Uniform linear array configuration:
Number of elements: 32
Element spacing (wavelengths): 1
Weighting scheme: hamming
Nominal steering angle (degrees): -60
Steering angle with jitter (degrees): -61.792
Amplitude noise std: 0.05
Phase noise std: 0.05

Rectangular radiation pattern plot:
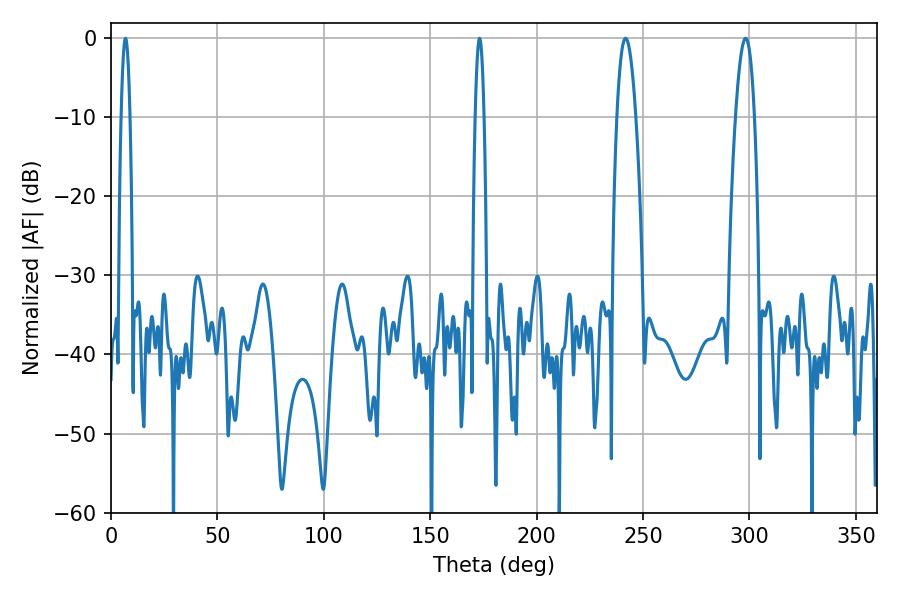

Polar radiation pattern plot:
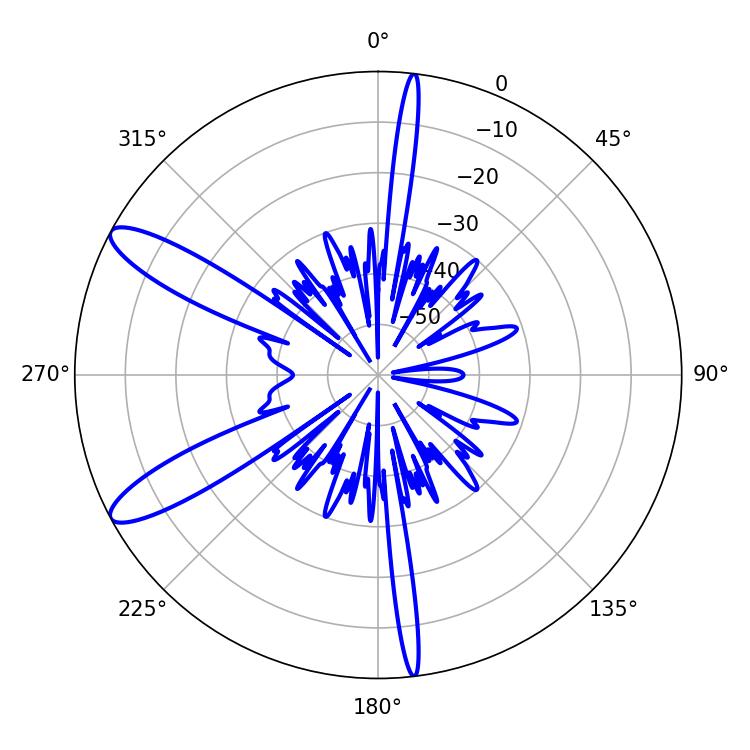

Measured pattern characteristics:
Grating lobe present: TRUE
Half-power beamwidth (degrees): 2.16
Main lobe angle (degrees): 173.16